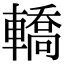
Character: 轎